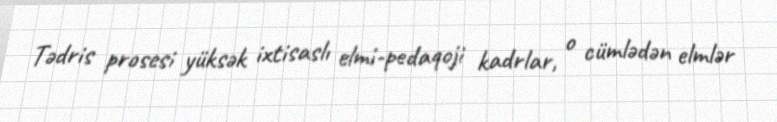
Tədris prosesi yüksək ixtisaslı elmi-pedaqoji kadrlar, o cümlədən elmlər